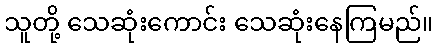
သူတို့ သေဆုံးကောင်း သေဆုံးနေကြမည်။